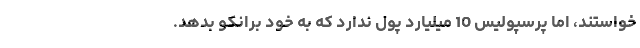
خواستند، اما پرسپولیس 10 میلیارد پول ندارد که به خود برانکو بدهد.